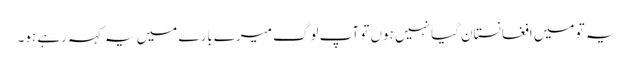
یہ تو میں افغانستان گیا نہیں ہوں تو آپ لوگ میرے بارے میں یہ کہہ رہے ہو۔